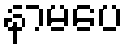
နာမပေ